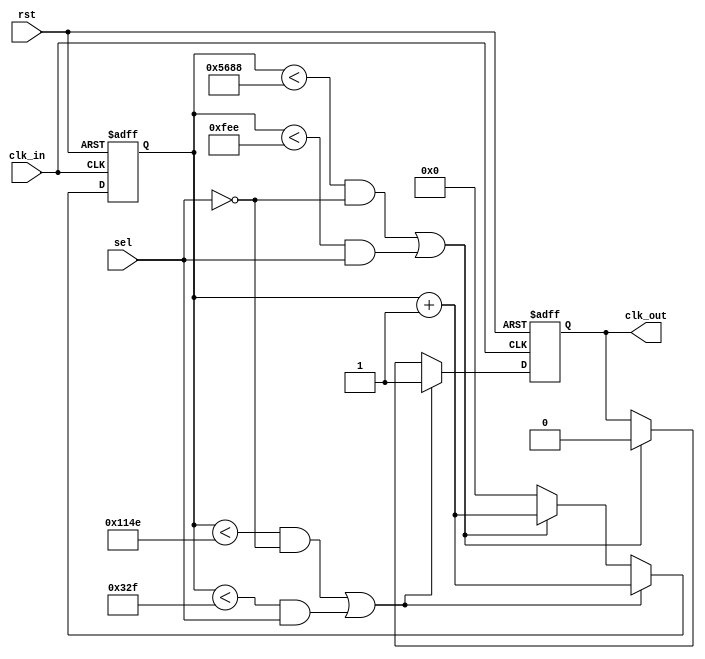
module ly_2257_4(clk_in, rst, sel, clk_out);
input clk_in; //
input rst;    //
input sel;    //
output clk_out; //
reg clk_out;

parameter NUM_OUT1 = 50000000 / 2257; //
parameter NUM_OUT2 = 50000000 / 12257;
reg[15:0] sn;

always@(posedge clk_in or negedge rst)
   if (!rst) //rstclk_out0
	begin
	   sn <= 16'd0;
		clk_out <= 1'b0;
	end      //sel1020%
	else if ((sn < NUM_OUT1 / 5 & !sel) | (sn < NUM_OUT2 / 5 & sel))
	begin
	   sn <= sn + 16'd1; //clk_out
		clk_out <= 1'b1;
	end
	else if ((sn < NUM_OUT1 - 1 & !sel) | (sn < NUM_OUT2 - 1 & sel))
	begin
	   sn <= sn + 16'd1; //clk_out
		clk_out <= 1'b0;
	end
	else
	   sn <= 16'd0;
endmodule